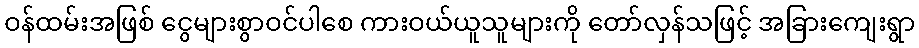
ဝန်ထမ်းအဖြစ် ငွေများစွာဝင်ပါစေ ကားဝယ်ယူသူများကို တော်လှန်သဖြင့် အခြားကျေးရွာ